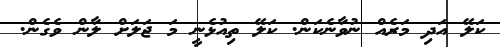
ކަލޭ އަދި މަރެއް ނުވާނެކަން. ކަލޭ ތިއުޅެނީ މަ ޖަލަށް ލާން ވެގެން.